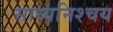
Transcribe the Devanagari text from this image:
साध्यनिश्चय